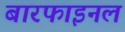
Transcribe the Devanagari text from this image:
बारफाइनल